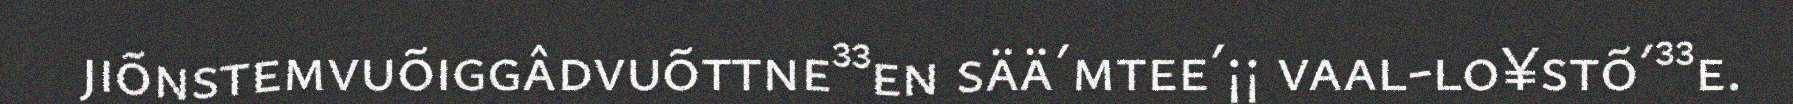
jiõnstemvuõiggâdvuõttne³³en sää´mtee´¡¡ vaal-lo¥stõ´³³e.